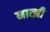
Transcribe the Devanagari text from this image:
नात्झी